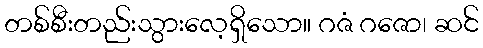
တစ်စီးတည်းသွားလေ့ရှိသော။ ဂဇံ ဂဇော၊ ဆင်